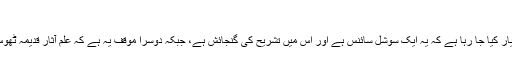
‘
انہوں نے کہا: ’عدالت میں ایک موقف یہ اختیار کیا جا رہا ہے کہ یہ ایک سوشل سائنس ہے اور اس میں تشریح کی گنجائش ہے، جبکہ دوسرا موقف یہ ہے کہ علم آثار قدیمہ ٹھوس سائنس ہے اور مکمل طور پر درست ہے۔